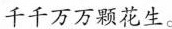
千千万万颗花生。